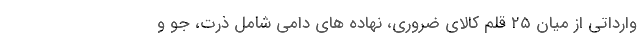
وارداتی از میان ۲۵ قلم کالای ضروری، نهاده های دامی شامل ذرت، جو و